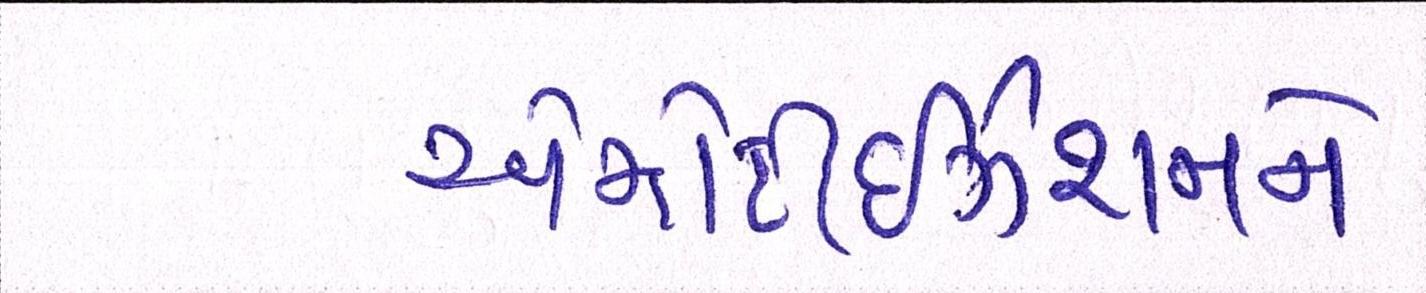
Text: એમોર્ટાઇઝેશનને